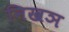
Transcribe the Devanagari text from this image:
निखञ